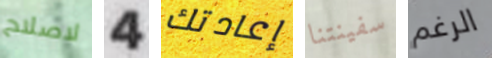
لاصلاح 4 إعادتك سفينتنا الرغم